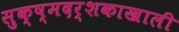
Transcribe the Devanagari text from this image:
सुक्ष्मदर्शकाखाली